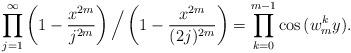
LaTeX: \begin{align*}\prod_{j=1}^{\infty}\left(1-\frac{x^{2m}}{j^{2m}}\right) \Big/ \left(1-\frac{x^{2m}}{(2j)^{2m}}\right)=\prod_{k=0}^{m-1} \cos{(w_m^k y)}.\end{align*}